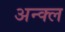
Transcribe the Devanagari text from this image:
अन्क्ल